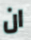
ان